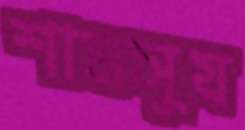
শামসুয